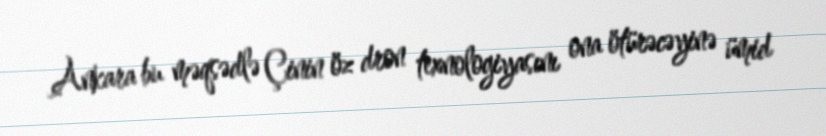
Ankara bu məqsədlə Çinin öz dron texnologiyasını ona ötürəcəyinə ümid